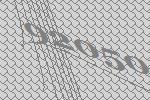
92050